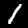
Label: 1